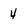
Character: 4